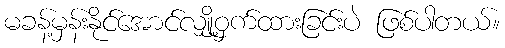
မခန့်မှန်းနိုင်အောင်လျှို့ဝှက်ထားခြင်းပဲ ဖြစ်ပါတယ်။